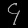
Digit: ၄